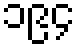
၁၉၄